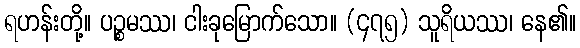
ရဟန်းတို့။ ပဉ္စမဿ၊ ငါးခုမြောက်သော။ (၄၇၅) သူရိယဿ၊ နေ၏။